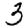
Digit: 3